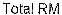
TOTAL RM